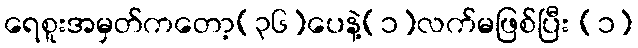
ရေစူးအမှတ်ကတော့(၃၆)ပေနဲ့(၁)လက်မဖြစ်ပြီး (၁)